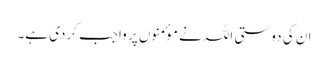
ان کی دوستی اللہ نے موٴمنوں پر واجب کردی ہے۔